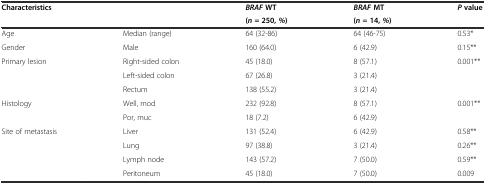
<table><thead><tr><td rowspan="2" colspan="2"><b>Characteristics</b></td><td><b><i>BRAF</i>WT</b></td><td><b><i>BRAF</i>MT</b></td><td rowspan="2"><b><i>P</i>value</b></td></tr><tr><td><b>(<i>n</i>= 250,<i>%</i>)</b></td><td><b>(<i>n</i>= 14,<i>%</i>)</b></td></tr></thead><tbody><tr><td>Age</td><td>Median (range)</td><td>64 (32-86)</td><td>64 (46-75)</td><td>0.53*</td></tr><tr><td>Gender</td><td>Male</td><td>160 (64.0)</td><td>6 (42.9)</td><td>0.15**</td></tr><tr><td rowspan="3">Primary lesion</td><td>Right-sided colon</td><td>45 (18.0)</td><td>8 (57.1)</td><td>0.001**</td></tr><tr><td>Left-sided colon</td><td>67 (26.8)</td><td>3 (21.4)</td><td></td></tr><tr><td>Rectum</td><td>138 (55.2)</td><td>3 (21.4)</td><td></td></tr><tr><td rowspan="2">Histology</td><td>Well, mod</td><td>232 (92.8)</td><td>8 (57.1)</td><td>0.001**</td></tr><tr><td>Por, muc</td><td>18 (7.2)</td><td>6 (42.9)</td><td></td></tr><tr><td rowspan="4">Site of metastasis</td><td>Liver</td><td>131 (52.4)</td><td>6 (42.9)</td><td>0.58**</td></tr><tr><td>Lung</td><td>97 (38.8)</td><td>3 (21.4)</td><td>0.26**</td></tr><tr><td>Lymph node</td><td>143 (57.2)</td><td>7 (50.0)</td><td>0.59**</td></tr><tr><td>Peritoneum</td><td>45 (18.0)</td><td>7 (50.0)</td><td>0.009</td></tr></tbody></table>